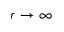
r \rightarrow \infty